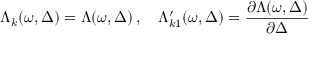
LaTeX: \Lambda _ { k } ( \omega , \Delta ) = \Lambda ( \omega , \Delta ) \, , \quad \Lambda _ { k 1 } ^ { \prime } ( \omega , \Delta ) = \frac { \partial \Lambda ( \omega , \Delta ) } { \partial \Delta }